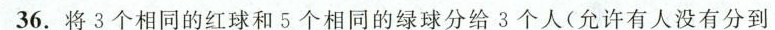
36.将3个相同的红球和5个相同的绿球分给3个人(允许有人没有分到